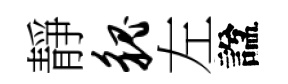
靜貌左諡